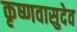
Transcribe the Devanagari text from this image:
कृष्णवासुदेव